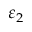
\varepsilon _ { 2 }